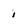
Character: 1